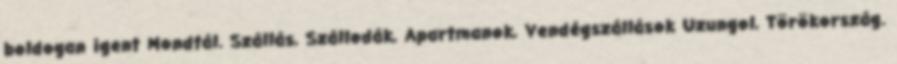
boldogan igent Mondtál. Szállás, Szállodák, Apartmanok, Vendégszállások Uzungol, Törökország.